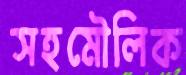
সহমৌলিক